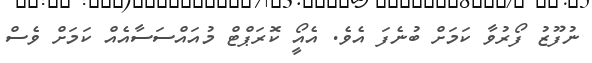
ނުފޫޒު ފޯރުވާ ކަމަށް ބުނެފަ އެވެ. އެއީޯ ކޮރަޕްޓް މުއައްސަސާއެއް ކަމަށް ވެސް